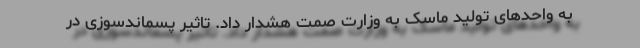
به واحدهای تولید ماسک به وزارت صمت هشدار داد. تاثیر پسماندسوزی در